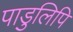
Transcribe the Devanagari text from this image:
पाडुलिपि